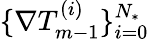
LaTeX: \{ \nabla T_{m-1}^{(i)}\} _{i=0}^{{N_{*}}}